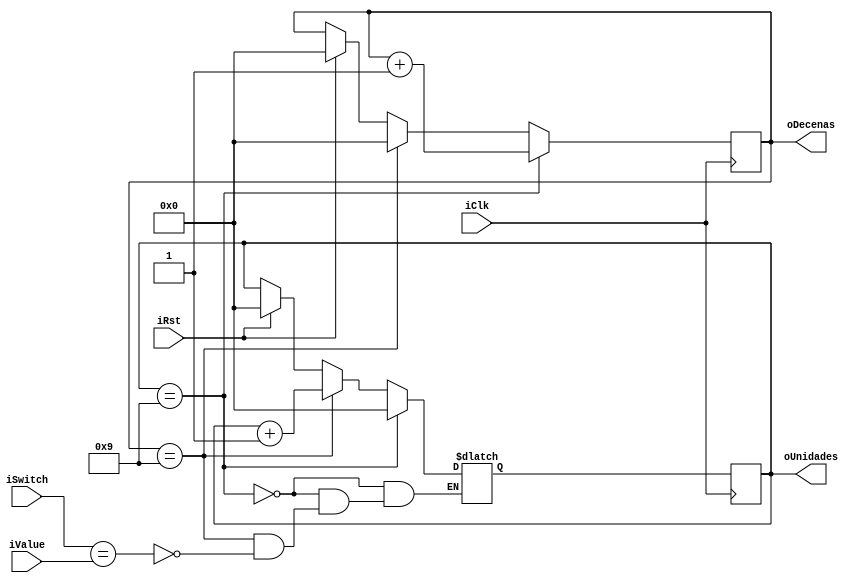
module Check (
	input iClk,
	input iRst,
	input [7:0]iValue,
	input [7:0]iSwitch, 
	output [3:0]oUnidades,
	output [3:0]oDecenas
);

reg [3:0] rUnidades_D;
reg [3:0] rUnidades_Q;

reg [3:0] rDecenas_D;
reg [3:0] rDecenas_Q;

assign oUnidades = rUnidades_Q;
assign oDecenas = rDecenas_Q;

always @ (posedge iClk)
begin 
	rUnidades_Q <= rUnidades_D;
	rDecenas_Q <= rDecenas_D;
end 

always @* 
begin
	if (iSwitch == iValue)
		begin 
		rUnidades_D = rUnidades_Q + 4'd1;	
		end 
		if (rUnidades_Q == 4'd9)
		begin 
		rUnidades_D = 4'd0;
		rDecenas_D = rDecenas_Q + 4'd1 ;
	   end
	   else if (rDecenas_Q == 4'd9)
	   begin 
	   rDecenas_D =  4'd0;
	   end
		else if(iRst)
		begin 
		rUnidades_D = 4'd0; 
	   rDecenas_D = 4'd0;
		end 
	else 
	begin 
	rUnidades_D = rUnidades_Q; 
	rDecenas_D = rDecenas_Q;
	end 
end 

endmodule